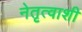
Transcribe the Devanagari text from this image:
नेतृत्वाशी